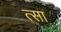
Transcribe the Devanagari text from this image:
त्सा